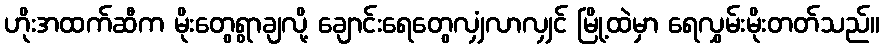
ဟိုးအထက်ဆီက မိုးတွေရွာချလို့ ချောင်းရေတွေလျှံလာလျှင် မြို့ထဲမှာ ရေလွှမ်းမိုးတတ်သည်။